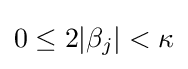
0\leq 2|\beta _{j}|<\kappa